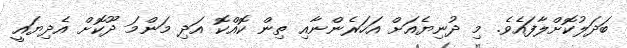
ބަދަލުކޮށްލާފައެވެ. މި ދުނިޔެއަށް އަހަރެންނާއި ތިން ކޮއްކޮ އަދި މަންމަ ދޫކޮށް އެދިޔައީ